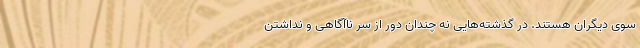
سوی دیگران هستند. در گذشته‌هایی نه چندان دور از سر ناآگاهی و نداشتن